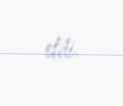
etdi.